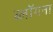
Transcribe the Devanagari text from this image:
ब्लॉगना